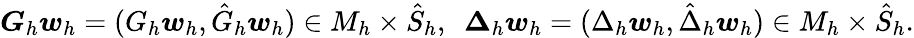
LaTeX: \begin{array}{r}{\boldsymbol{G}_{h}\boldsymbol{w}_{h}=(G_{h}\boldsymbol{w}_{h},\hat{G}_{h}\boldsymbol{w}_{h})\in M_{h}\times\hat{S}_{h},\, \, \, \boldsymbol{\Delta}_{h}\boldsymbol{w}_{h}=(\Delta_{h}\boldsymbol{w}_{h},\hat{\Delta}_{h}\boldsymbol{w}_{h})\in M_{h}\times\hat{S}_{h}.}\end{array}